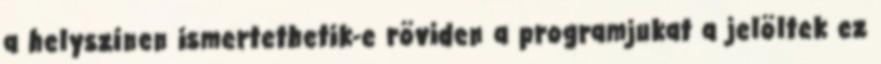
a helyszínen ismertethetik-e röviden a programjukat a jelöltek ez